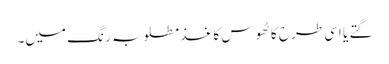
گتے یا اسی طرح کا ٹھوس کاغذ مطلوبہ رنگ میں۔